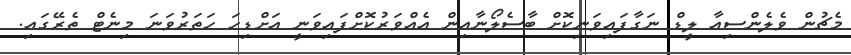
މެޗުން ވެލެންސިއާ ލީޑް ނަގާފައިވަނިކޮށް ބާސެލޯނާއިން އެއްވަރުކޮށްފައިވަނީ އަށްޑިހަ ހަތަރުވަނަ މިނެޓް ތެރޭގައި.